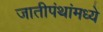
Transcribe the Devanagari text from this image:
जातीपंथांमध्ये